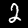
Label: 2